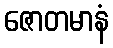
ဇောတမာနံ